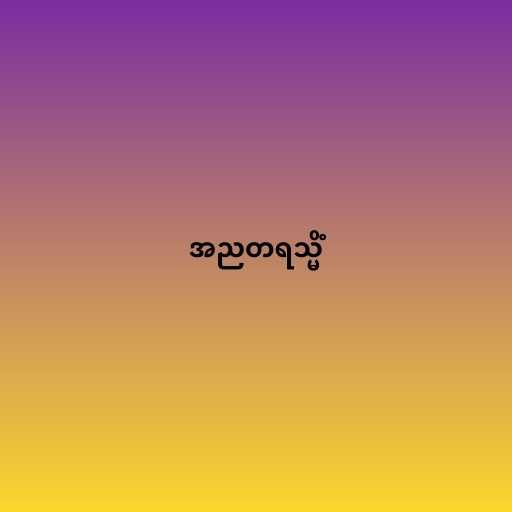
အညတရသ္မိံ